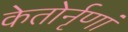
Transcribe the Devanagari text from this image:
केतोर्नृणां